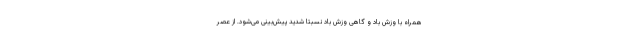
همراه با وزش باد و گاهی وزش باد نسبتا شدید پیش‌بینی می‌شود. از عصر